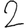
Digit: 2